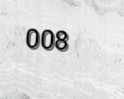
008